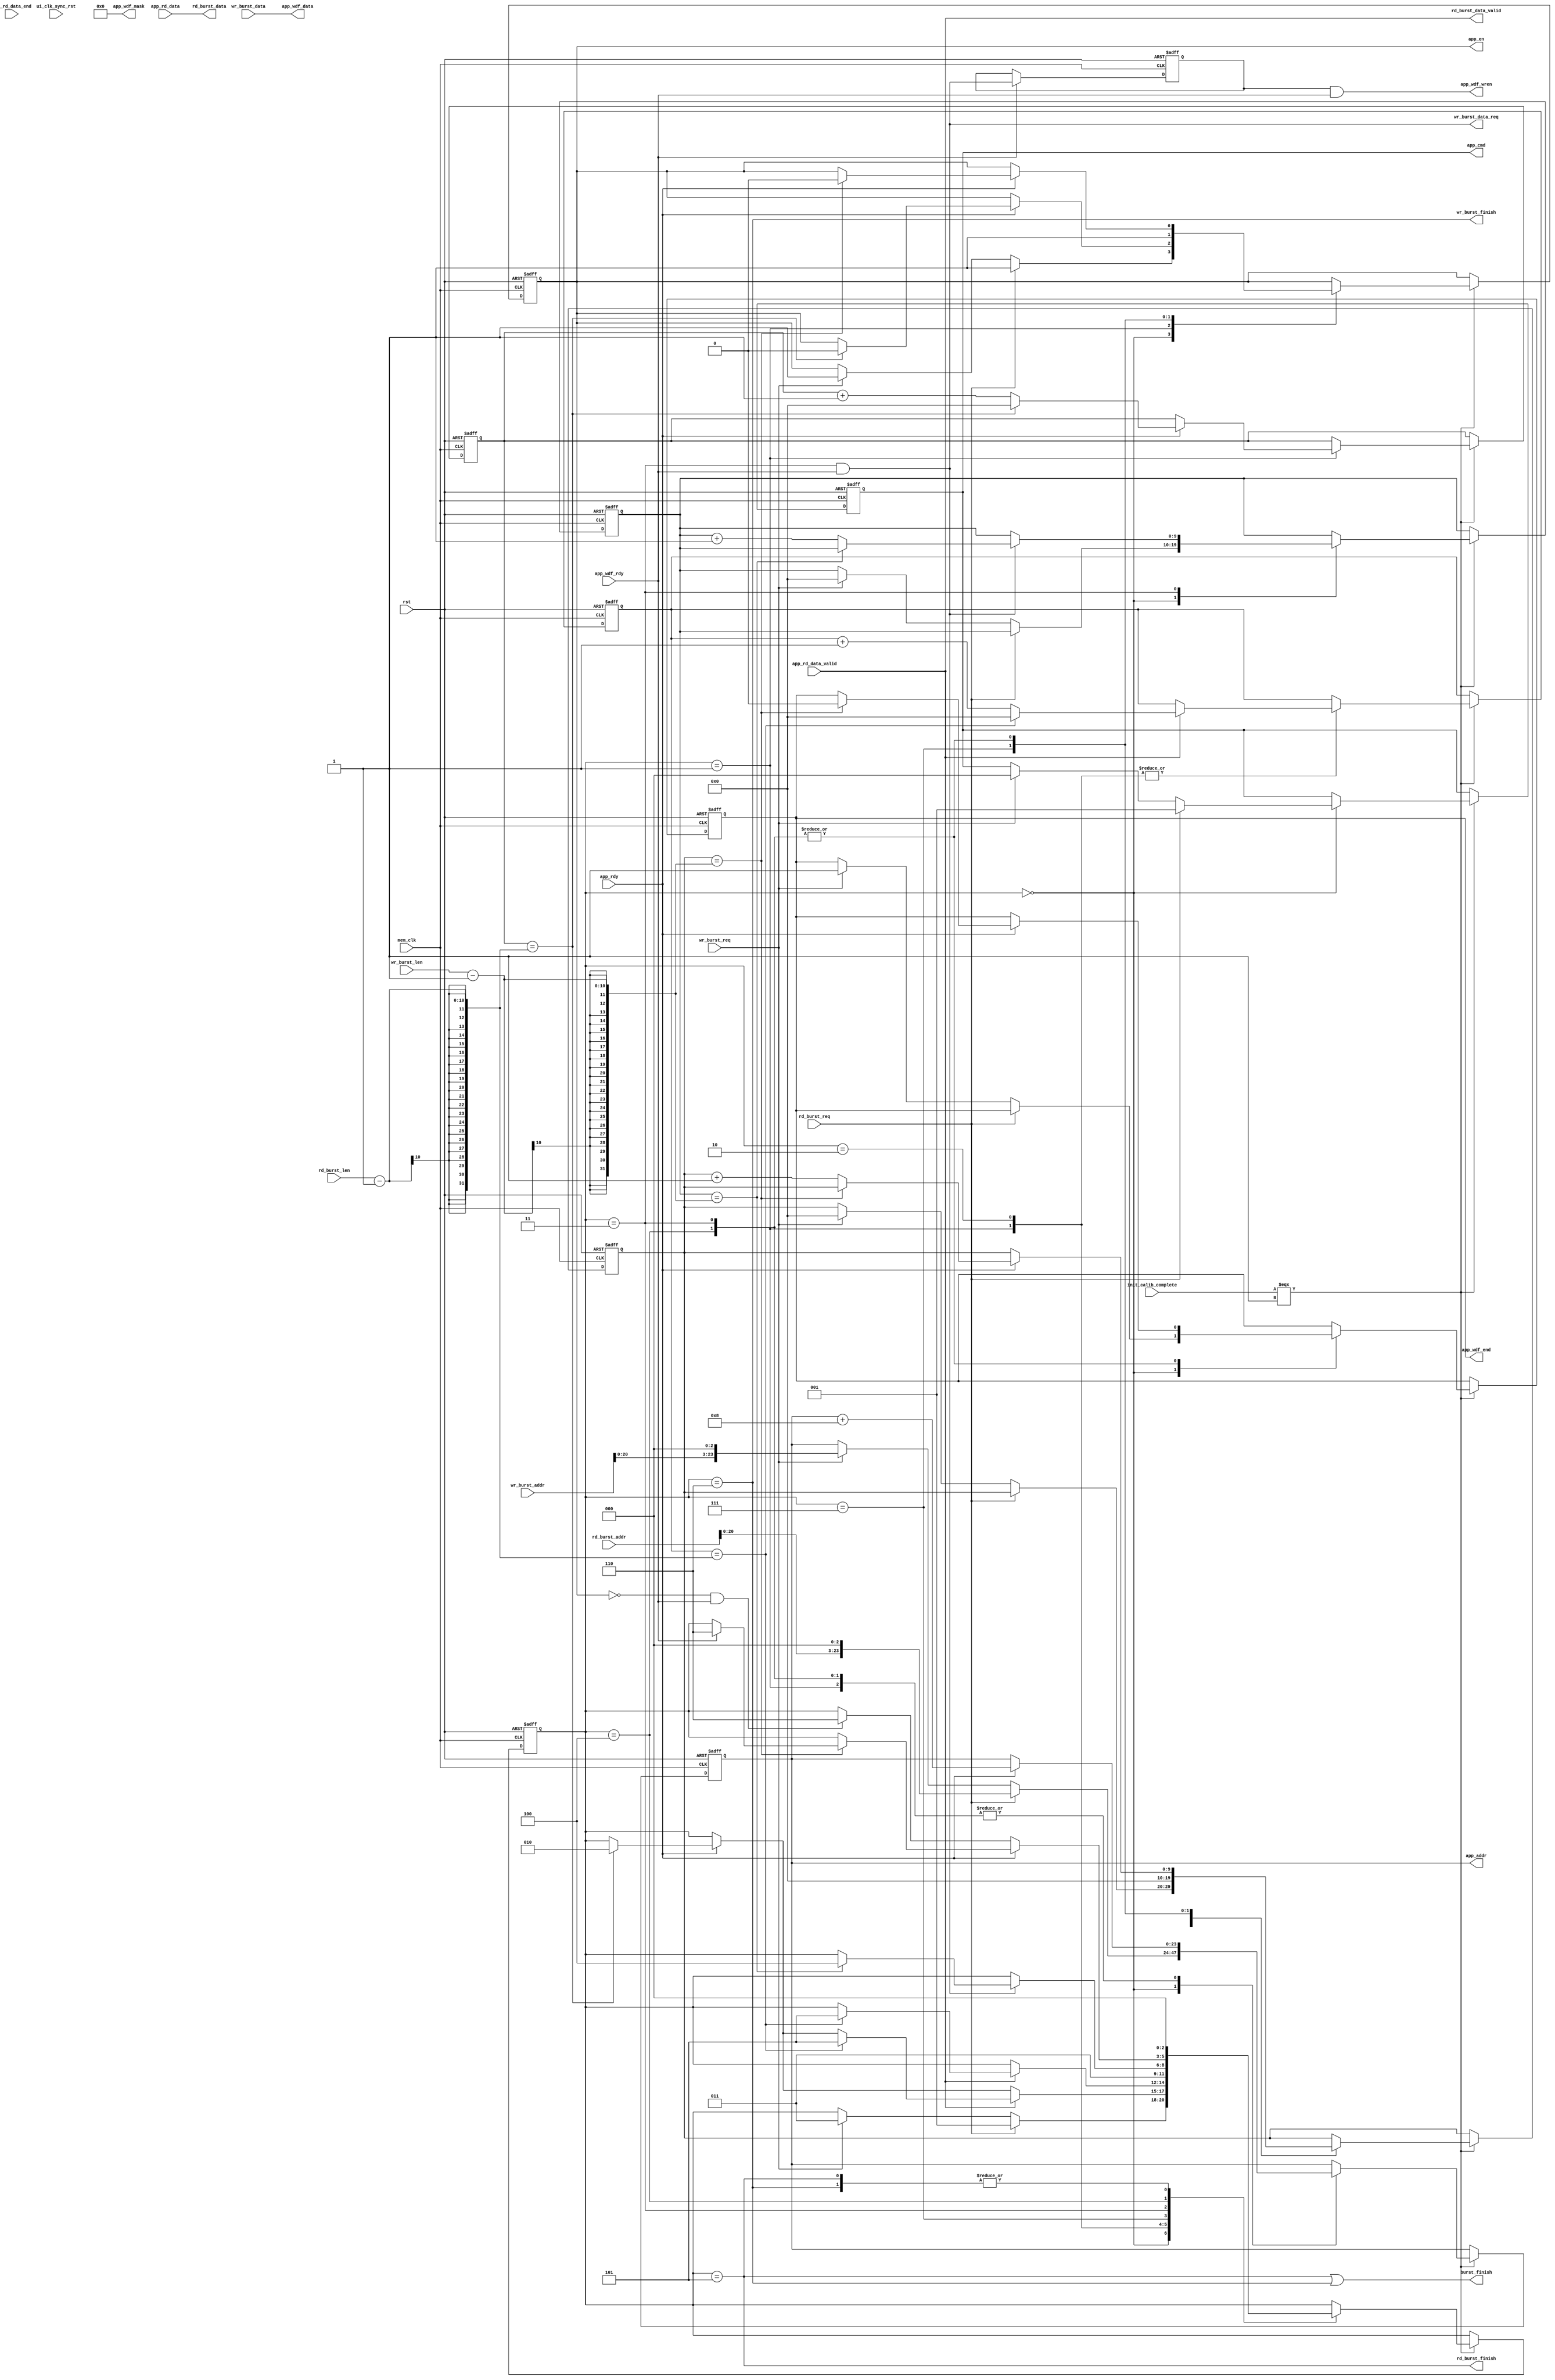
/*ddr2 IP
*/
module mem_burst
#(
	parameter MEM_DATA_BITS = 64,
	parameter ADDR_BITS = 24  //29top
)
(
	input rst,                                   /**/                //migui_clk
	input mem_clk,                               /**/
	input rd_burst_req,                          /**/
	input wr_burst_req,                          /**/
	input[9:0] rd_burst_len,                     /**/
	input[9:0] wr_burst_len,                     /**/
	input[ADDR_BITS - 1:0] rd_burst_addr,        /**/
	input[ADDR_BITS - 1:0] wr_burst_addr,        /**/
	output rd_burst_data_valid,                  /**/
	output wr_burst_data_req,                    /**/
	output[MEM_DATA_BITS - 1:0] rd_burst_data,   /**/
	input[MEM_DATA_BITS - 1:0] wr_burst_data,    /**/
	output rd_burst_finish,                      /**/
	output wr_burst_finish,                      /**/
	output burst_finish,                         /**/
	
	///////////////////
   output[ADDR_BITS-1:0]                       app_addr,
   output[2:0]                                 app_cmd,
   output                                      app_en,
   output [MEM_DATA_BITS-1:0]                  app_wdf_data,
   output                                      app_wdf_end,
   output [MEM_DATA_BITS/8-1:0]                app_wdf_mask,
   output                                      app_wdf_wren,  //app_wdf_data []
   input [MEM_DATA_BITS-1:0]                   app_rd_data,
   input                                       app_rd_data_end,
   input                                       app_rd_data_valid,
   input                                       app_rdy,
   input                                       app_wdf_rdy,  //FIFO app_wdf_rdyapp_wdf_wren
   input                                       ui_clk_sync_rst,  
   input                                       init_calib_complete
);

assign app_wdf_mask = {MEM_DATA_BITS/8{1'b0}};

localparam IDLE = 3'd0;
localparam MEM_READ = 3'd1;
localparam MEM_READ_WAIT = 3'd2;
localparam MEM_WRITE  = 3'd3;
localparam MEM_WRITE_WAIT = 3'd4;
localparam READ_END = 3'd5;
localparam WRITE_END = 3'd6;
localparam MEM_WRITE_FIRST_READ = 3'd7;
reg[2:0] state;	
reg[9:0] rd_addr_cnt;
reg[9:0] rd_data_cnt;
reg[9:0] wr_addr_cnt;
reg[9:0] wr_data_cnt;

reg[2:0] app_cmd_r;
reg[ADDR_BITS-1:0] app_addr_r;
reg app_en_r;               //cmdaddr
reg app_wdf_end_r;
reg app_wdf_wren_r;
assign app_cmd = app_cmd_r;
assign app_addr = app_addr_r;
assign app_en = app_en_r;
assign app_wdf_end = app_wdf_end_r;  //app_wdf_data []
assign app_wdf_data = wr_burst_data;
assign app_wdf_wren = app_wdf_wren_r & app_wdf_rdy;
assign rd_burst_finish = (state == READ_END);
assign wr_burst_finish = (state == WRITE_END);
assign burst_finish = rd_burst_finish | wr_burst_finish;

assign rd_burst_data = app_rd_data;
assign rd_burst_data_valid = app_rd_data_valid;

assign wr_burst_data_req = (state == MEM_WRITE) & app_wdf_rdy ;

always@(posedge mem_clk or posedge rst)
begin
	if(rst)
	begin
		app_wdf_wren_r <= 1'b0;
	end
	else if(app_wdf_rdy)
		app_wdf_wren_r <= wr_burst_data_req;  //app_wdf_rdy1app_wdf_wren_rstate == MEM_WRITEwr_burst_data_req1
end

always@(posedge mem_clk or posedge rst)
begin
	if(rst)
	begin
		state <= IDLE;
		app_cmd_r <= 3'b000;
		app_addr_r <= 0;
		app_en_r <= 1'b0;
		rd_addr_cnt <= 0;
		rd_data_cnt <= 0;
		wr_addr_cnt <= 0;
		wr_data_cnt <= 0;
		app_wdf_end_r <= 1'b0;
	end
	else if(init_calib_complete ===  1'b1)
	begin
		case(state)
			IDLE:
			begin
				if(rd_burst_req)
				begin
					state <= MEM_READ;
					app_cmd_r <= 3'b001;
					app_addr_r <= {rd_burst_addr,3'd0};  //293032
					app_en_r <= 1'b1;
				end
				else if(wr_burst_req)
				begin
					state <= MEM_WRITE;
					app_cmd_r <= 3'b000;
					app_addr_r <= {wr_burst_addr,3'd0};  //32
					app_en_r <= 1'b1;
					wr_addr_cnt <= 0;
					app_wdf_end_r <= 1'b1;
					wr_data_cnt <= 0;
				end
			end
			MEM_READ:
			begin
				if(app_rdy)
				begin
					app_addr_r <= app_addr_r + 8;
					if(rd_addr_cnt == rd_burst_len - 1)
					begin
						state <= MEM_READ_WAIT;
						rd_addr_cnt <= 0;
						app_en_r <= 1'b0;
					end
					else
						rd_addr_cnt <= rd_addr_cnt + 1;
				end
				
				if(app_rd_data_valid)
				begin
					if(rd_data_cnt == rd_burst_len - 1)
					begin
						rd_data_cnt <= 0;
						state <= READ_END;
					end
					else
					begin
						rd_data_cnt <= rd_data_cnt + 1;
					end
				end
			end
			MEM_READ_WAIT:
			begin
				if(app_rd_data_valid)
				begin
					if(rd_data_cnt == rd_burst_len - 1)
					begin
						rd_data_cnt <= 0;
						state <= READ_END;
					end
					else
					begin
						rd_data_cnt <= rd_data_cnt + 1;
					end
				end
			end
			MEM_WRITE_FIRST_READ:
			begin
				app_en_r <= 1'b1;
				state <= MEM_WRITE;
				wr_addr_cnt <= 0;
			end
			MEM_WRITE:
			begin
				if(app_rdy)
				begin
					app_addr_r <= app_addr_r + 'b1000;  //8
					if(wr_addr_cnt == wr_burst_len - 1)  //
					begin
						app_wdf_end_r <= 1'b0;
						app_en_r <= 1'b0;
					end
					else
					begin
						wr_addr_cnt <= wr_addr_cnt + 1;
					end
				end
					
				if(wr_burst_data_req)
				begin
					
					if(wr_data_cnt == wr_burst_len - 1)  //
					begin
						state <= MEM_WRITE_WAIT;
					end
					else
					begin
						wr_data_cnt <= wr_data_cnt + 1;
					end
				end
				
			end
			READ_END:
				state <= IDLE;
			MEM_WRITE_WAIT:
			begin
				if(app_rdy)
				begin
					app_addr_r <= app_addr_r + 'b1000;
					if(wr_addr_cnt == wr_burst_len - 1)
					begin
						app_wdf_end_r <= 1'b0;
						app_en_r <= 1'b0;
						if(app_wdf_rdy) 
							state <= WRITE_END;
					end
					else
					begin                             //
						wr_addr_cnt <= wr_addr_cnt + 1;  
					end
				end
				else if(~app_en_r & app_wdf_rdy)
					state <= WRITE_END;
				
			end
			WRITE_END:
				state <= IDLE;  //
			default:
				state <= IDLE;
		endcase
	end
end
endmodule